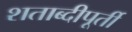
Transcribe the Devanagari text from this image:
शताब्दीपूर्ती